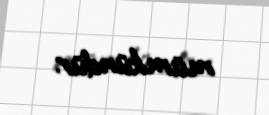
mümkündür.